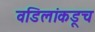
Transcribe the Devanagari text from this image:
वडिलांकडूच